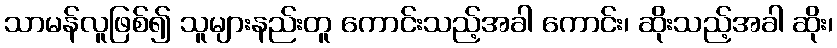
သာမန်လူဖြစ်၍ သူများနည်းတူ ကောင်းသည့်အခါ ကောင်း၊ ဆိုးသည့်အခါ ဆိုး၊